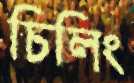
চিলিং